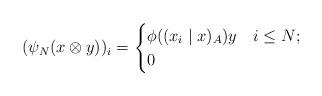
LaTeX: \begin{align*}(\psi_N (x \otimes y))_i = \begin{cases}\phi((x_i \mid x)_A) y & i \le N;\\0 & \end{cases}\end{align*}